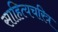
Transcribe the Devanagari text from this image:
साहित्यचरित्र